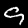
Digit: 9